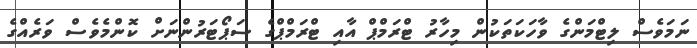
ނަމަވެސް ލިޓްމަންގެ ވާހަކަތަކުން މިހާރު ޓްރަމްޕް އާއި ޓްރަމްޕްގެ ސަޕޯޓަރުންނަށް ކޮންމެވެސް ވަރެއްގެ